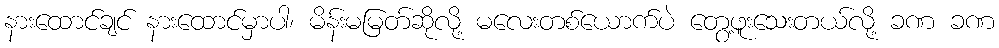
နားထောင်ချင် နားထောင်မှာပါ၊ မိန်းမမြတ်ဆိုလို့ မလေးတစ်ယောက်ပဲ တွေ့ဖူးသေးတယ်လို့ ခဏ ခဏ